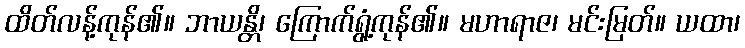
ထိတ်လန့်ကုန်၏။ ဘာယန္တိ၊ ကြောက်ရွံ့ကုန်၏။ မဟာရာဇ၊ မင်းမြတ်။ ယထာ၊